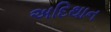
અદિથાન